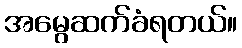
အမွေဆက်ခံရတယ်။